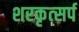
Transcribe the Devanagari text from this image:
शरकृत्‍सर्प